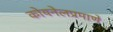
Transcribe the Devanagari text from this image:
कोयनेलप्रमाणे